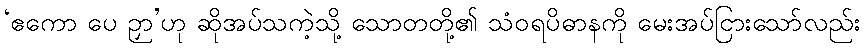
‘ဧကော ပေ ဉှာ’ဟု ဆိုအပ်သကဲ့သို့ သောတတို့၏ သံဝရပိဓာနကို မေးအပ်ငြားသော်လည်း